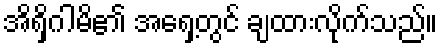
အိရှိဂါမိ၏ အရှေ့တွင် ချထားလိုက်သည်။